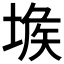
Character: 𡎇